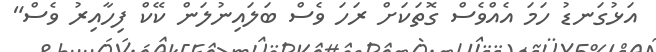
އަޅުގަނޑު ހަމަ އެއްވެސް ގޮތަކަށް ރަހަ ވެސް ބަލައިނުލަން ކޭކް ފިހާއިރު ވެސް"